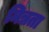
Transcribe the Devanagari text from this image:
नित्रता